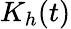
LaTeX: K_{h}(t)